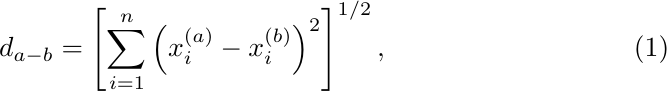
\begin{align}
    d_{a-b} =
    \left[
    \sum_{i=1}^n \left(x_i^{(a)} - x_i^{(b)}\right)^2
    \right]^{1/2},
\end{align}